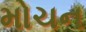
મોચન